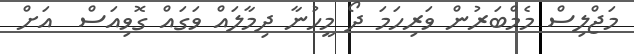
މަޖްލިސް މެމްބަރުން ވަރިހަމަ ދޯ މީހުނާ ދިމާލައް ވަގައް ގޮވިއަސް  އަށް